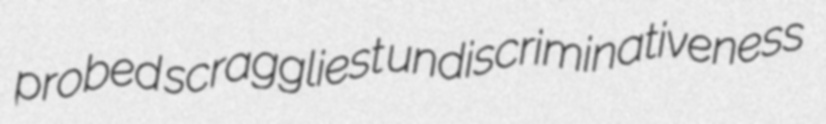
probed scraggliest undiscriminativeness